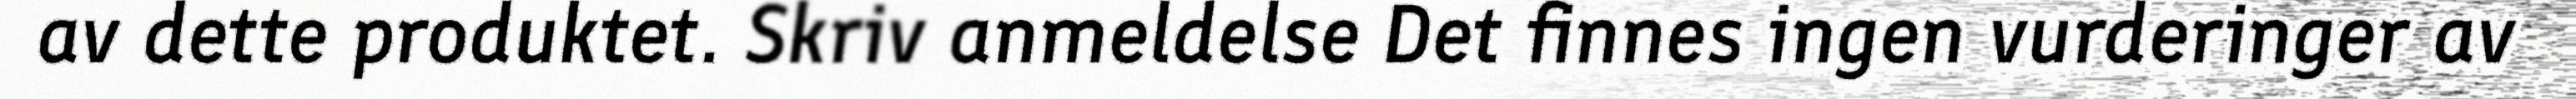
av dette produktet. Skriv anmeldelse Det finnes ingen vurderinger av